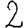
Digit: 2